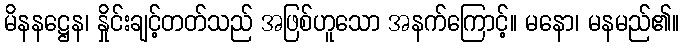
မိနနဋ္ဌေန၊ နှိုင်းချင့်တတ်သည် အဖြစ်ဟူသော အနက်ကြောင့်။ မနော၊ မနမည်၏။